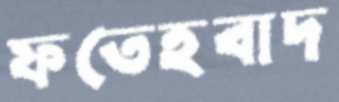
ফতেহবাদ